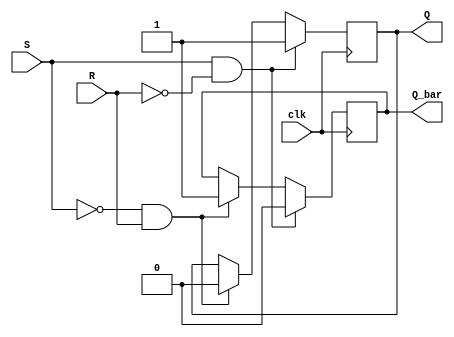
module basic_sr_ff (
    input wire S,
    input wire R,
    input wire clk,
    output reg Q,
    output reg Q_bar
);

wire nand_out1, nand_out2, nor_out1, nor_out2;

assign nand_out1 = !(S & Q_bar);
assign nand_out2 = !(R & Q);
assign nor_out1 = !(nand_out1 | nand_out2);
assign nor_out2 = !(nand_out2 | nand_out1);

always @(posedge clk) begin
    if (S & ~R) begin
        Q <= 1;
        Q_bar <= 0;
    end else if (~S & R) begin
        Q <= 0;
        Q_bar <= 1;
    end else begin
        Q <= Q;
        Q_bar <= Q_bar;
    end
end

endmodule